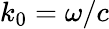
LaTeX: k_{0}=\omega/c